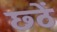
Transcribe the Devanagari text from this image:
छ्ठें